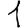
Digit: 1